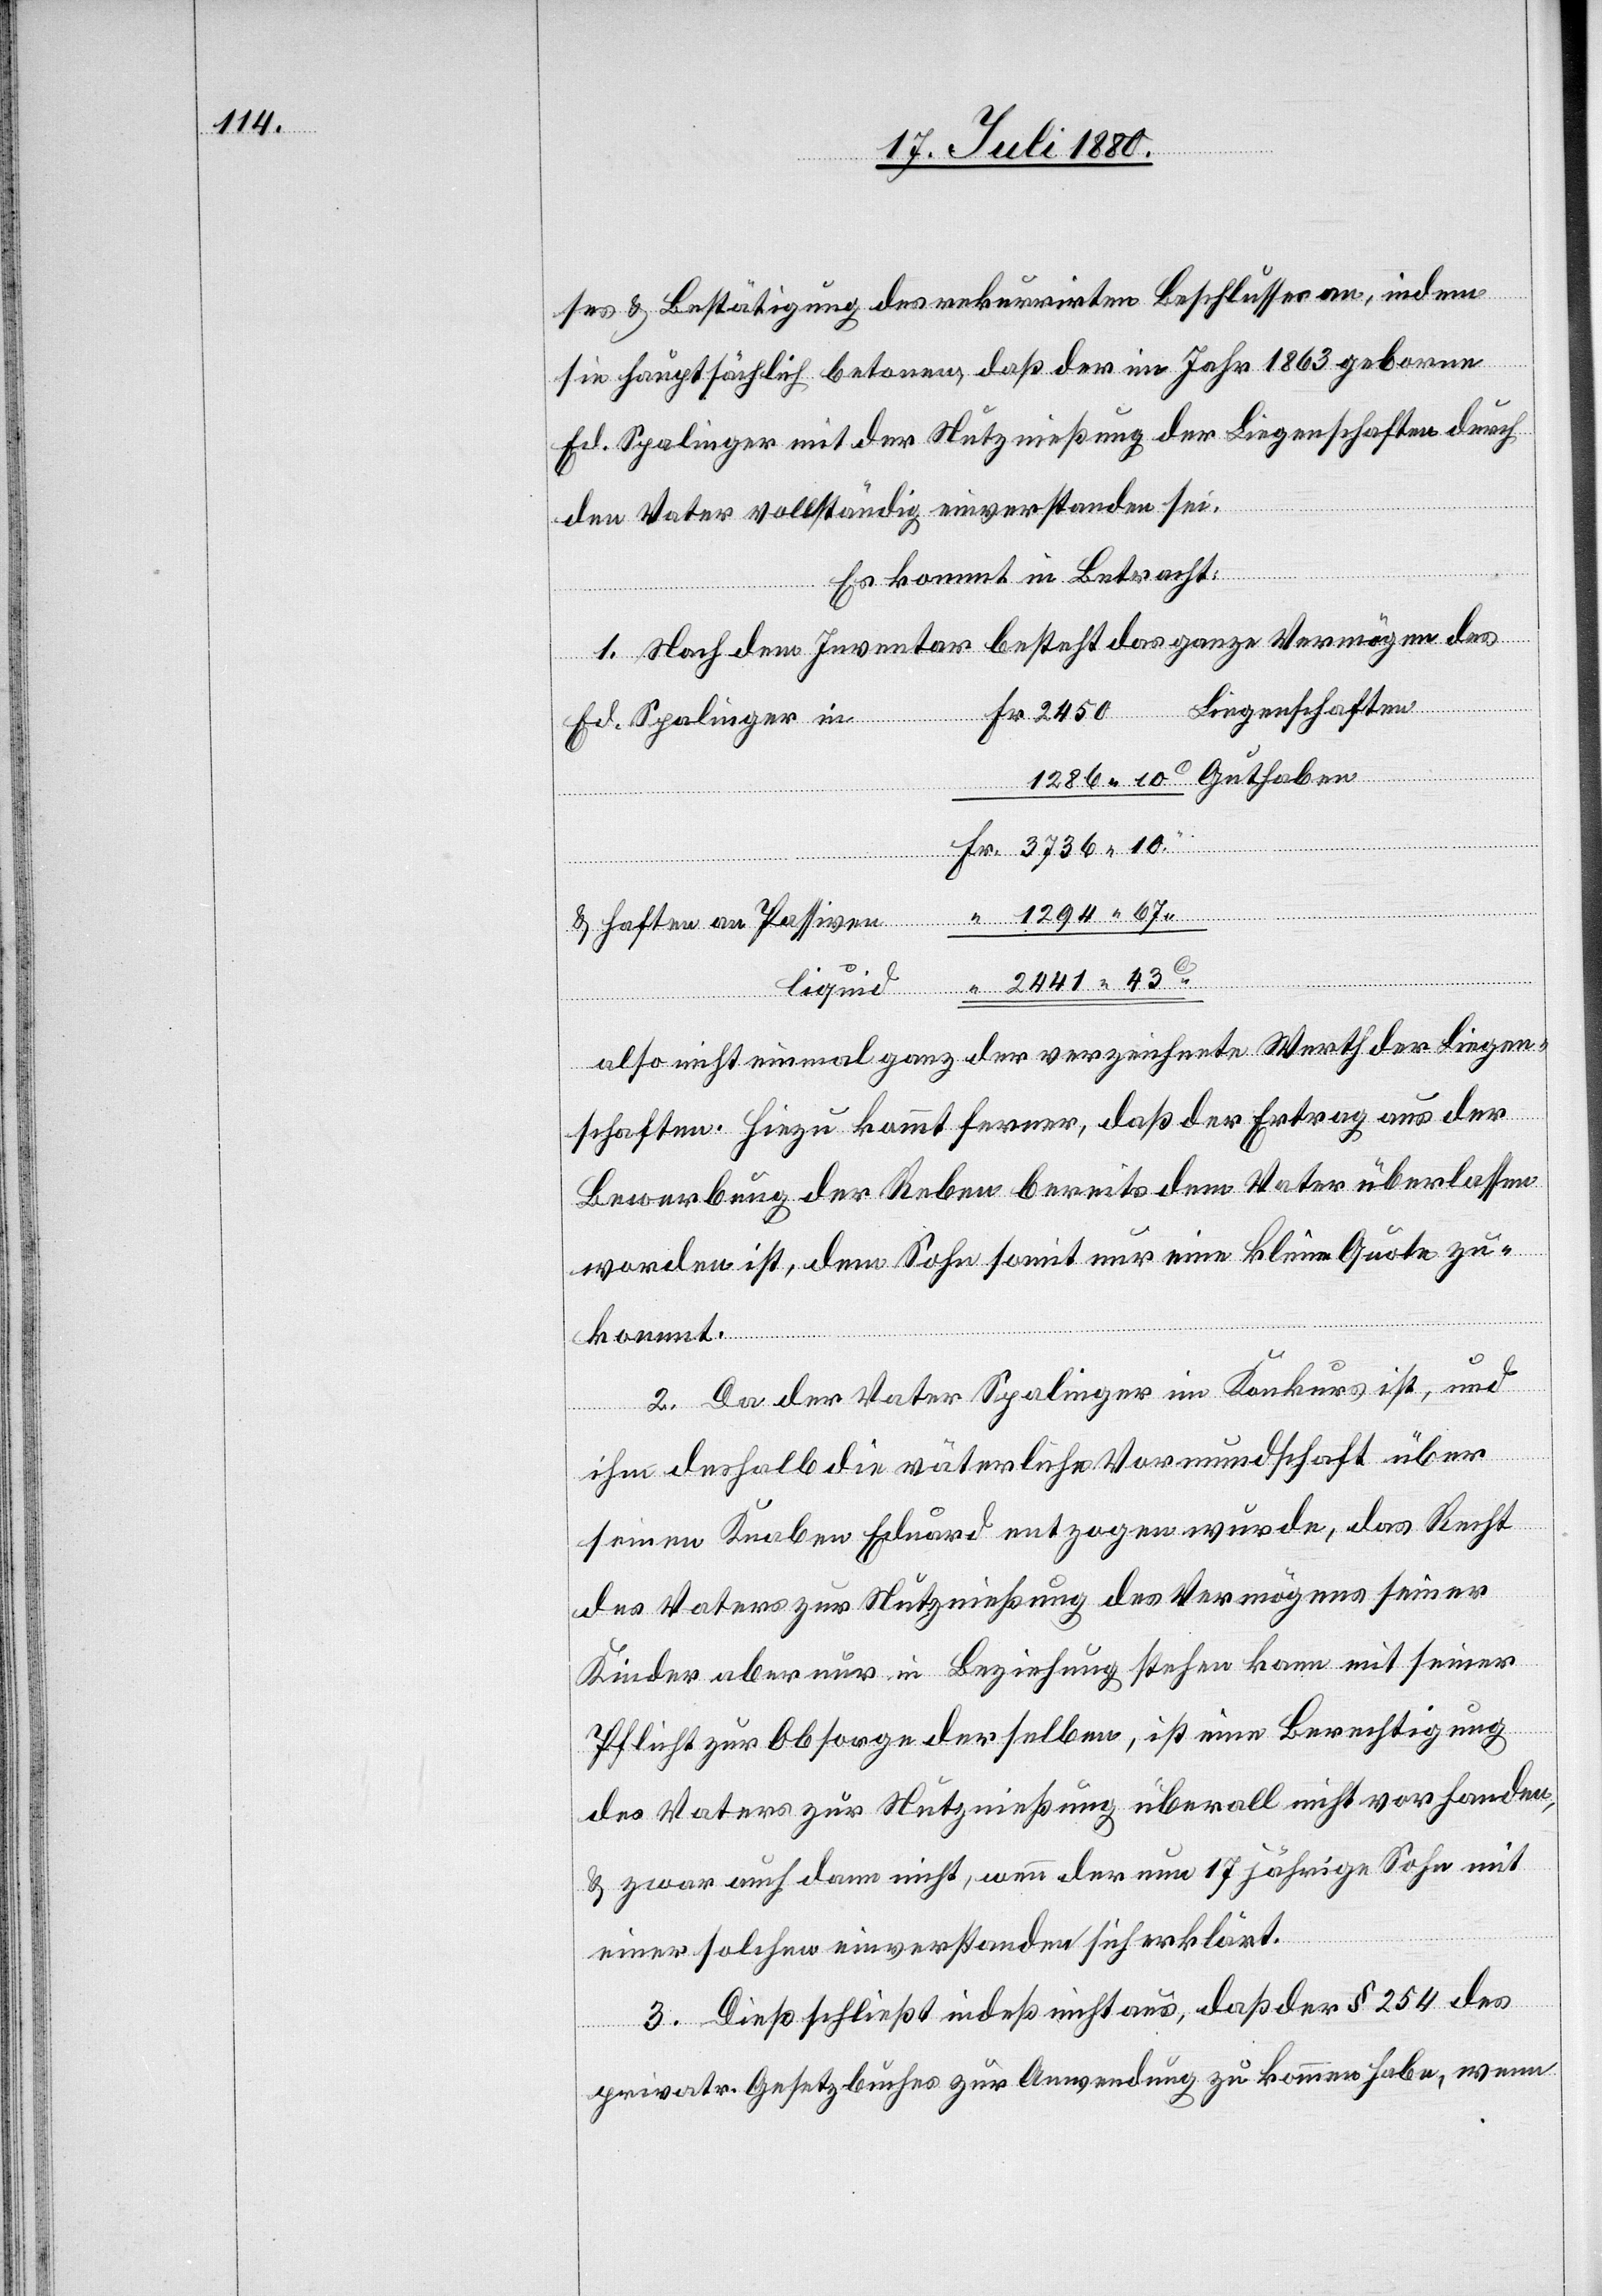
ses & Bestätigung des rekurrirten Beschlusses an, indem
sie hauptsächlich betonen, daß der im Jahre 1863 geborene
Ed. Spalinger mit der Nutznießung der Liegenschaften durch
an
den Vater vollständig einverstanden sei.
Es kommt in Betracht:
1. Nach dem Inventar besteht das ganze Vermögen des
Liegenschaften
1286
2441 43c
also nicht einmal ganz der verzeichnete Werth der Liegen¬
schaften. Hiezu kommt ferner, daß der Ertrag aus der
Bewerbung der Reben bereits dem Vater überlassen
worden ist, dem Sohn somit nur eine kleine Quote zu¬
kommt.
2. Da der Vater Spalinger im Konkurs ist, und
Passiven
ihm deshalb die väterliche Vormundschaft über
seinen Knaben Eduard entzogen wurde, das Recht
des Vaters zur Nutznießung des Vermögens seiner
Kinder aber nur in Beziehung stehen kann mit seiner
Pflicht zur Obsorge derselben, ist eine Berechtigung
des Vaters zur Nutznießung überall nicht vorhanden,
& zwar auch dann nicht, wenn der nun 17 jährige Sohn mit
einer solchen einverstanden sich erklärt.
3. Dieß schließt indeß nicht aus, daß der § 254 des
privatr. Gesetzbuches zur Anwendung zu kommen habe, wenn